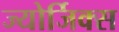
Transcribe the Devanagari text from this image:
ज्योर्जिक्स